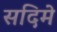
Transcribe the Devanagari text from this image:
सदिमे